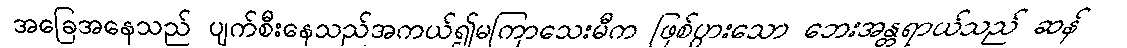
အခြေအနေသည် ပျက်စီးနေသည်အကယ်၍မကြာသေးမီက ဖြစ်ပွားသော ဘေးအန္တရာယ်သည် ဆန်